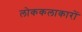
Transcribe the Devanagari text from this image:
लोककलाकारों